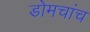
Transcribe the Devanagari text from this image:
डोमचांच